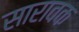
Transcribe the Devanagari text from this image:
सारावक